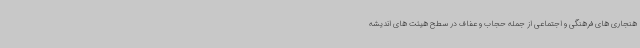
هنجاری های فرهنگی و اجتماعی از جمله حجاب و عفاف در سطح هیئت های اندیشه